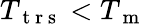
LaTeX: T_{\mathrm{~t~r~s~}}<T_{\mathrm{~m~}}